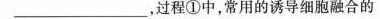
_________，过程①中，常用的诱导细胞融合的